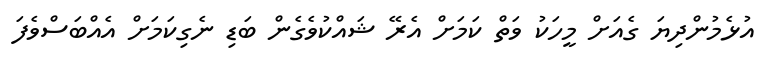
އުޅެމުންދިޔަ ގެއަށް މީހަކު ވަތް ކަމަށް އެރޭ ޝައްކުވެގެން ބަޑި ނެގިކަމަށް އެއްބަސްވެފަ